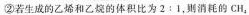
②若生成的乙烯和乙烷的体积比为 2 : 1，则消耗的 CH _ { 4 }